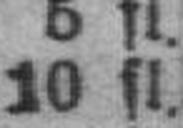
10 fl.